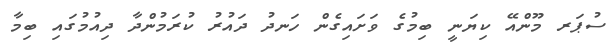
ސުޕަރ މޫންއޭ ކިޔަނީ ބިމުގެ ވަށައިގެން ހަނދު ދައުރު ކުރަމުންދާ ދިއުމުގައި ބިމާ